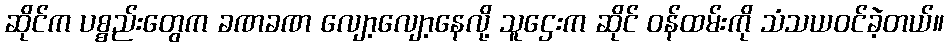
ဆိုင်က ပစ္စည်းတွေက ခဏခဏ လျော့လျော့နေလို့ သူဌေးက ဆိုင် ဝန်ထမ်းကို သံသယဝင်ခဲ့တယ်။